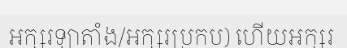
អក្សរឡាតាំង/អក្សរប្រកប) ហើយអក្សរ